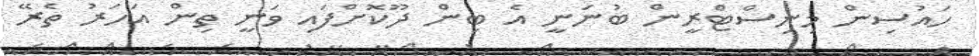
ހައުސިން މިނިސްޓްރީން ބުނަނީ އެ ބިން ދޫކޮށްފައި ވަނީ ތިން އަހަރު ތެރޭ